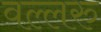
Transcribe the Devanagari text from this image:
वल्लरु